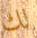
لك